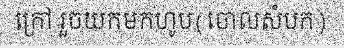
ក្រៅ រួចយកមកហូប(ចោលសំបក)